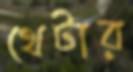
থেটার